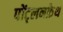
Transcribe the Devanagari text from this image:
पोंट्लनफ्रेथ